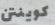
كوينتن